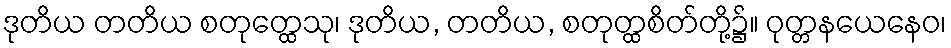
ဒုတိယ တတိယ စတုတ္ထေသု၊ ဒုတိယ, တတိယ, စတုတ္ထစိတ်တို့၌။ ဝုတ္တနယေနေဝ၊